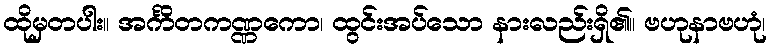
ထိုမှတပါး။ အင်္ကိတကဏ္ဏကော၊ ထွင်းအပ်သော နားလည်းရှိ၏။ ဗဟုနာဗဟုံ၊